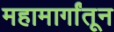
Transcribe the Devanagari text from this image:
महामार्गांतून